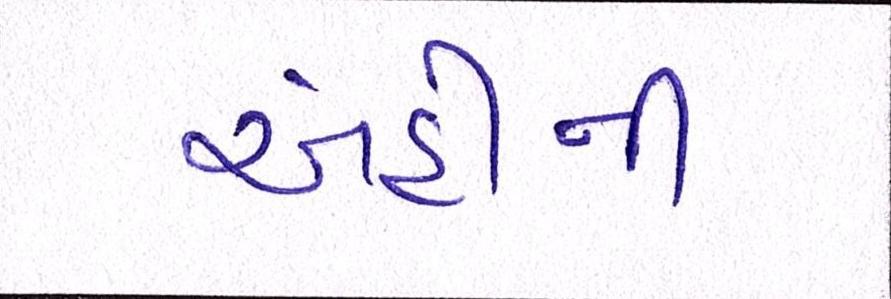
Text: અહીંની